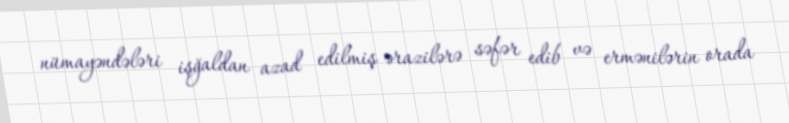
nümayəndələri işğaldan azad edilmiş ərazilərə səfər edib və ermənilərin orada